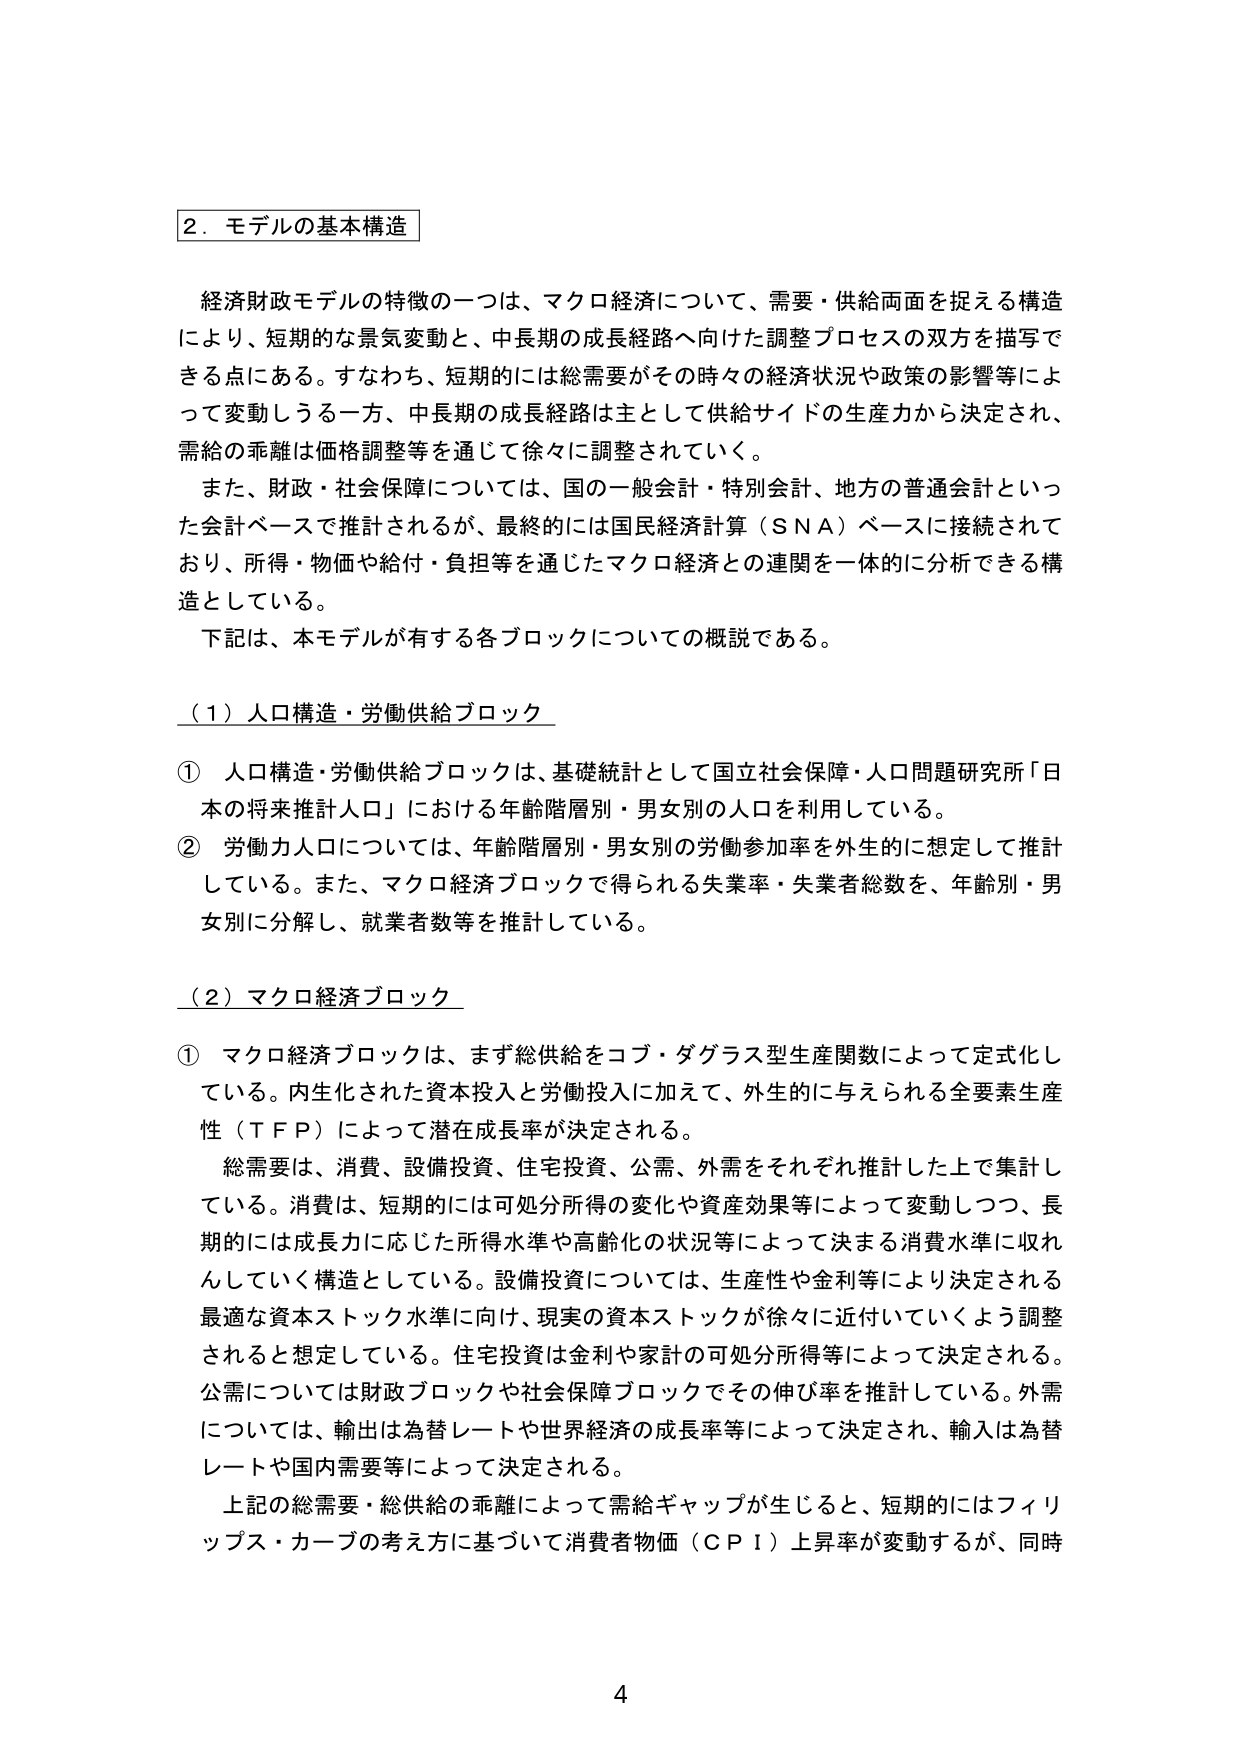
2．モデルの基本構造

経済財政モデルの特徴の一つは、マクロ経済について、需要・供給両面を捉える構造により、短期的な景気変動と、中長期の成長経路へ向けた調整プロセスの双方を描写できる点にある。すなわち、短期的には総需要がその時々の経済状況や政策の影響等によって変動しうる一方、中長期の成長経路は主として供給サイドの生産力から決定され、需給の乖離は価格調整等を通じて徐々に調整されていく。

また、財政・社会保障については、国の一般会計・特別会計、地方の普通会計といった会計ベースで推計されるが、最終的には国民経済計算（ＳＮＡ）ベースに接続されており、所得・物価や給付・負担等を通じたマクロ経済との連関を一体的に分析できる構造としている。

下記は、本モデルが有する各ブロックについての概説である。

（1）人口構造・労働供給ブロック

① 人口構造・労働供給ブロックは、基礎統計として国立社会保障・人口問題研究所「日本の将来推計人口」における年齢階層別・男女別の人口を利用している。

② 労働力人口については、年齢階層別・男女別の労働参加率を外生的に想定して推計している。また、マクロ経済ブロックで得られる失業率・失業者総数を、年齢別・男女別に分解し、就業者数等を推計している。

（2）マクロ経済ブロック

① マクロ経済ブロックは、まず総供給をコブ・ダグラス型生産関数によって定式化している。内生化された資本投入と労働投入に加えて、外生的に与えられる全要素生産性（ＴＦＰ）によって潜在成長率が決定される。

総需要は、消費、設備投資、住宅投資、公需、外需をそれぞれ推計した上で集計している。消費は、短期的には可処分所得の変化や資産効果等によって変動しつつ、長期的には成長力に応じた所得水準や高齢化の状況等によって決まる消費水準に収れんしていく構造としている。設備投資については、生産性や金利等により決定される最適な資本ストック水準に向け、現実の資本ストックが徐々に近付いていくよう調整されると想定している。住宅投資は金利や家計の可処分所得等によって決定される。公需については財政ブロックや社会保障ブロックでその伸び率を推計している。外需については、輸出は為替レートや世界経済の成長率等によって決定され、輸入は為替レートや国内需要等によって決定される。

上記の総需要・総供給の乖離によって需給ギャップが生じると、短期的にはフィリップス・カーブの考え方に基づいて消費者物価（ＣＰＩ）上昇率が変動するが、同時

4